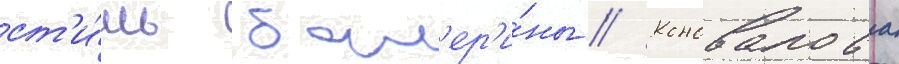
ст'и́ль бал'ер'и́ны // Коновалова